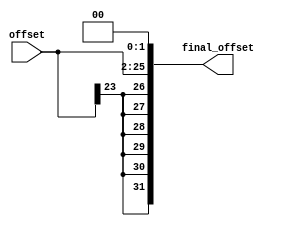
//Branch Extender

module branch_extender(output reg [31:0] final_offset, input [23:0] offset);

reg [25:0] offset1;

always @ (*)

begin

   offset1=offset;

   offset1=offset1<<2;

   final_offset= $signed(offset1);

end

endmodule